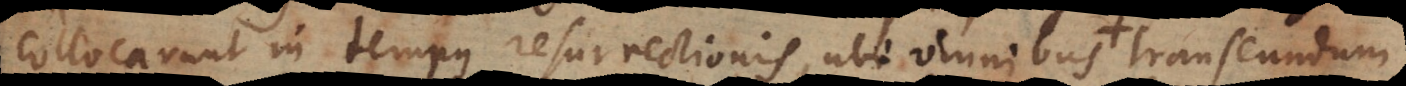
collocarunt in tempus resurrectionis, ubi omnibus transeundum